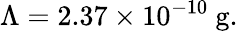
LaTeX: \Lambda=2.37\times 10^{-10}\ \mathrm{g}.